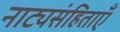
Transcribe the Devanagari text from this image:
नाट्यसंहिताएँ